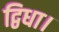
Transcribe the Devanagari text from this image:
द्विधा।